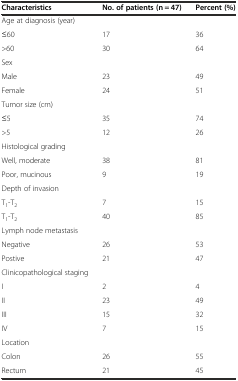
| Characteristics | No. of patients (n = 47) | Percent (%) |
 | --- | --- | --- |
 | Age at diagnosis (year) |  |  |
 | ≤60 | 17 | 36 |
 | >60 | 30 | 64 |
 | Sex |  |  |
 | Male | 23 | 49 |
 | Female | 24 | 51 |
 | Tumor size (cm) |  |  |
 | ≤5 | 35 | 74 |
 | >5 | 12 | 26 |
 | Histological grading |  |  |
 | Well, moderate | 38 | 81 |
 | Poor, mucinous | 9 | 19 |
 | Depth of invasion |  |  |
 | T1-T2 | 7 | 15 |
 | T1-T2 | 40 | 85 |
 | Lymph node metastasis |  |  |
 | Negative | 26 | 53 |
 | Postive | 21 | 47 |
 | Clinicopathological staging |  |  |
 | I | 2 | 4 |
 | II | 23 | 49 |
 | III | 15 | 32 |
 | IV | 7 | 15 |
 | Location |  |  |
 | Colon | 26 | 55 |
 | Rectum | 21 | 45 |